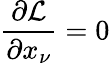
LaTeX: {\frac{\partial{\mathcal{L}}}{\partial x_{\nu}}}=0